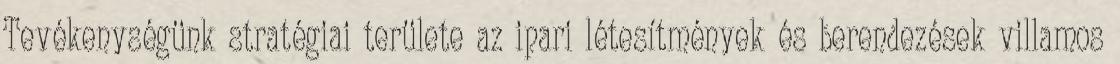
Tevékenységünk stratégiai területe az ipari létesítmények és berendezések villamos